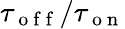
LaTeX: \tau_{\mathrm{~o~f~f~}}/\tau_{\mathrm{~o~n~}}